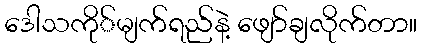
ဒေါသကို်မျက်ရည်နဲ့ ဖျော်ချလိုက်တာ။